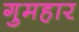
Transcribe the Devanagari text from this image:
गुमहार